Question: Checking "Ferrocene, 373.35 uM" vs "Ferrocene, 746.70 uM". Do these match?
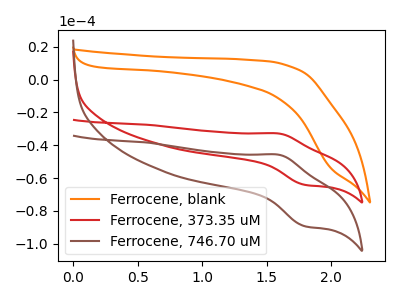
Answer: <think>The orange curve "Ferrocene, blank" has no peaks. The red curve "Ferrocene, 373.35 uM" has an anodic peak at (1.60V, -32.90uA) and a cathodic peak at (1.80V, -64.05uA). The brown curve "Ferrocene, 746.70 uM" has an anodic peak at (1.60V, -45.85uA) and a cathodic peak at (1.80V, -89.25uA).
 All the peaks in "Ferrocene, 373.35 uM" have a peak in "Ferrocene, 746.70 uM" at the same potential.</think>
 <answer>"Ferrocene, 373.35 uM" and "Ferrocene, 746.70 uM" are similar in shape.</answer>
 <eval>same_shape</eval>